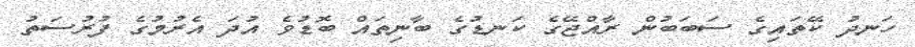
ހަނދު ކޭތައިގެ ސަބަބުން ރާއްޖޭގެ ކަނޑުގެ ބާނިތައް ބޮޑުވެ އުދަ އެރުމުގެ ފުރުސަތު